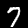
Label: 7